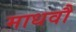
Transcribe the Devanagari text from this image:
माधवौ